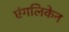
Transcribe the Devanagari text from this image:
एंगलिकेन